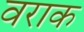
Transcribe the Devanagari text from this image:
वराक